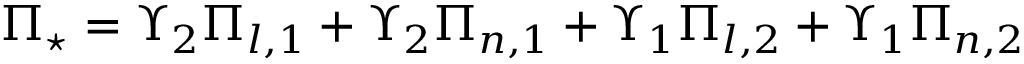
\Pi _ { \star } = \Upsilon _ { 2 } \Pi _ { l , 1 } + \Upsilon _ { 2 } \Pi _ { n , 1 } + \Upsilon _ { 1 } \Pi _ { l , 2 } + \Upsilon _ { 1 } \Pi _ { n , 2 }